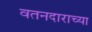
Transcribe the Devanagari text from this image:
वतनदाराच्या